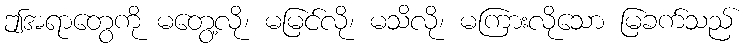
ဤအရာတွေကို မတွေ့လို၊ မမြင်လို၊ မသိလို၊ မကြားလိုသော မြခက်သည်